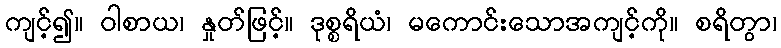
ကျင့်၍။ ဝါစာယ၊ နှုတ်ဖြင့်။ ဒုစ္စရိယံ၊ မကောင်းသောအကျင့်ကို။ စရိတွာ၊